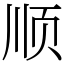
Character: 顺